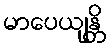
မာပေယျန္တိ